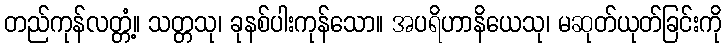
တည်ကုန်လတ္တံ့။ သတ္တသု၊ ခုနစ်ပါးကုန်သော။ အပရိဟာနိယေသု၊ မဆုတ်ယုတ်ခြင်းကို